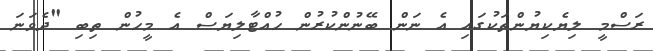
ރަސްމީ ލިޔެކިޔުންތަކުގައި އެ ނަން ބޭނުންކުރުން ހުއްޓާލިޔަސް އެ މީހުން ތިބި "ދެވަނަ